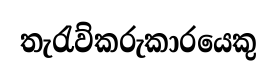
තැරැව්කරුකාරයෙකු